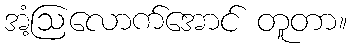
အံ့ဩလောက်အောင် တူတာ။